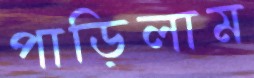
পাড়িলাম